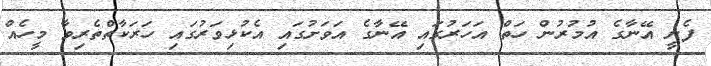
ފެށީ އޭނާގެ އުމުރުން ހަތް އަހަރުގައި އޭނާގެ އަވަށުގައި އެކުޅިވަރުގައި ހަރަކާތްތެރިވާ މީހެއް